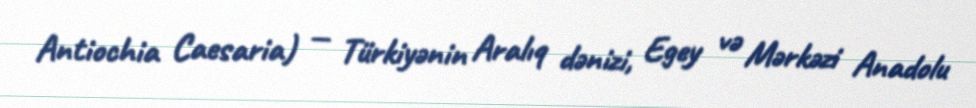
Antiochia Caesaria) — Türkiyənin Aralıq dənizi, Egey və Mərkəzi Anadolu